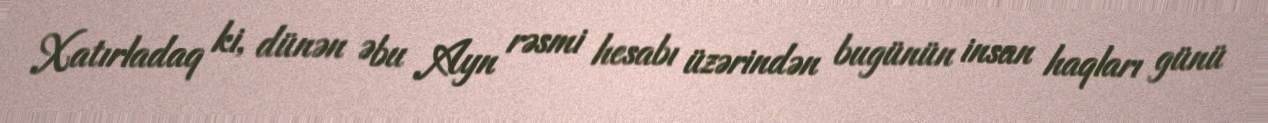
Xatırladaq ki, dünən Əbu Ayn rəsmi hesabı üzərindən bugünün insan haqları günü